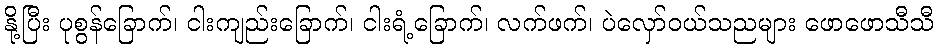
နို့ပြီး ပုစွန်ခြောက်၊ ငါးကျည်းခြောက်၊ ငါးရံ့ခြောက်၊ လက်ဖက်၊ ပဲလှော်ဝယ်သညများ ဖောဖောသီသီ